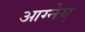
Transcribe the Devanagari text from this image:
आग्नेय्